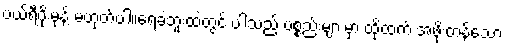
ပယ်ရီဂိုးမုန့် မဟုတ်ပါ။ရေခဲဘူးထဲတွင် ပါသည့် ပစ္စည်းများမှာ ထို့ထက် အဖိုးတန်သော